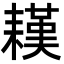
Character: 䎯